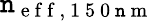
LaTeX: \mathtt{n}_{\mathrm{{~e~f~f~,~1~5~0~\mathtt{n}~m~}}}